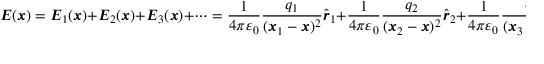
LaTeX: { \boldsymbol { E } } ( { \boldsymbol { x } } ) = { \boldsymbol { E } } _ { 1 } ( { \boldsymbol { x } } ) + { \boldsymbol { E } } _ { 2 } ( { \boldsymbol { x } } ) + { \boldsymbol { E } } _ { 3 } ( { \boldsymbol { x } } ) + \cdots = { \frac { 1 } { 4 \pi \varepsilon _ { 0 } } } { \frac { q _ { 1 } } { ( { \boldsymbol { x } } _ { 1 } - { \boldsymbol { x } } ) ^ { 2 } } } { \hat { \boldsymbol { r } } } _ { 1 } + { \frac { 1 } { 4 \pi \varepsilon _ { 0 } } } { \frac { q _ { 2 } } { ( { \boldsymbol { x } } _ { 2 } - { \boldsymbol { x } } ) ^ { 2 } } } { \hat { \boldsymbol { r } } } _ { 2 } + { \frac { 1 } { 4 \pi \varepsilon _ { 0 } } } { \frac { q _ { 3 } } { ( { \boldsymbol { x } } _ { 3 } - { \boldsymbol { x } } ) ^ { 2 } } } { \hat { \boldsymbol { r } } } _ { 3 } + \cdots